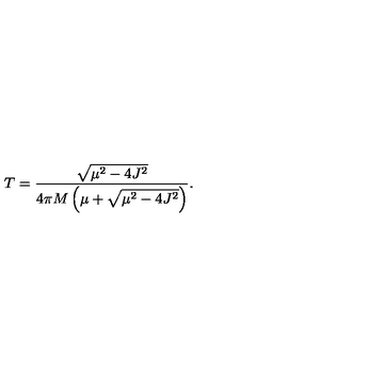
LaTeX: T = \frac { \sqrt { \mu ^ { 2 } - 4 J ^ { 2 } } } { 4 \pi M \left( \mu + \sqrt { \mu ^ { 2 } - 4 J ^ { 2 } } \right) } .